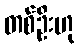
တစ်ဦးဟု